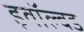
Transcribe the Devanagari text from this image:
इवॉल्वड